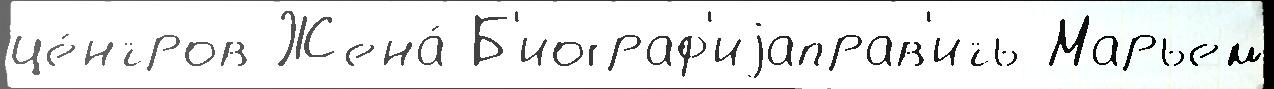
це́нтров Жена́ Б'иограф'иjаправ'ить Марьем